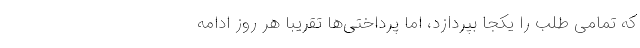
که تمامی طلب را یکجا بپردازد، اما پرداختی‌ها تقریباً هر روز ادامه